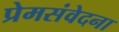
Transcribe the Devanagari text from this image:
प्रेमसंवेदना